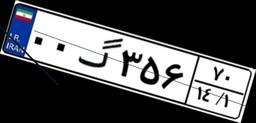
۰۰گ۳۵۶۷۰